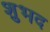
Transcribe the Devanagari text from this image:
शुभद